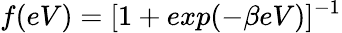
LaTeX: f(eV)=[1+exp(-\beta eV)]^{-1}